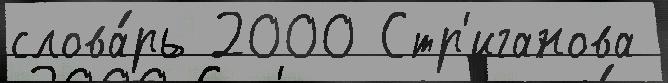
слова́рь 2000 Стр'иганова